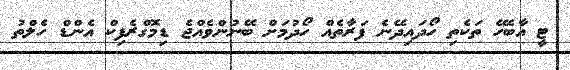
ޓީ އާބެހޭ ތަކެތި ހޯދައިދޭނެ ފަރާތެއް ހޯދުމަށް ބޭނުންވެއްޖެ ޑިމޮގްރެފިކް އެންޑް ހެލްތު